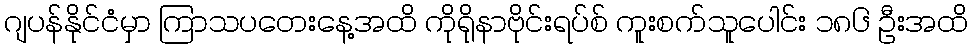
ဂျပန်နိုင်ငံမှာ ကြာသပတေးနေ့အထိ ကိုရိုနာဗိုင်းရပ်စ် ကူးစက်သူပေါင်း ၁၈၆ ဦးအထိ